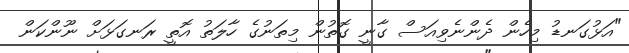
"އަޅުގަނޑު މިހެން ދެންނެވިއަސް ގާނީ ގޮތުން މިތަނުގެ ހާލަތު އޮތީ ރަނގަޅަށް ނޫންކަން